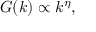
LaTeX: G ( k ) \propto k ^ { \eta } ,